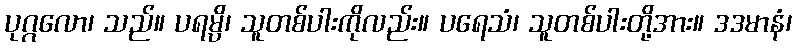
ပုဂ္ဂလော၊ သည်။ ပရမ္ပိ၊ သူတစ်ပါးကိုလည်း။ ပရေသံ၊ သူတစ်ပါးတို့အား။ ဒဒမာနံ၊